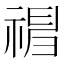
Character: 𥛃